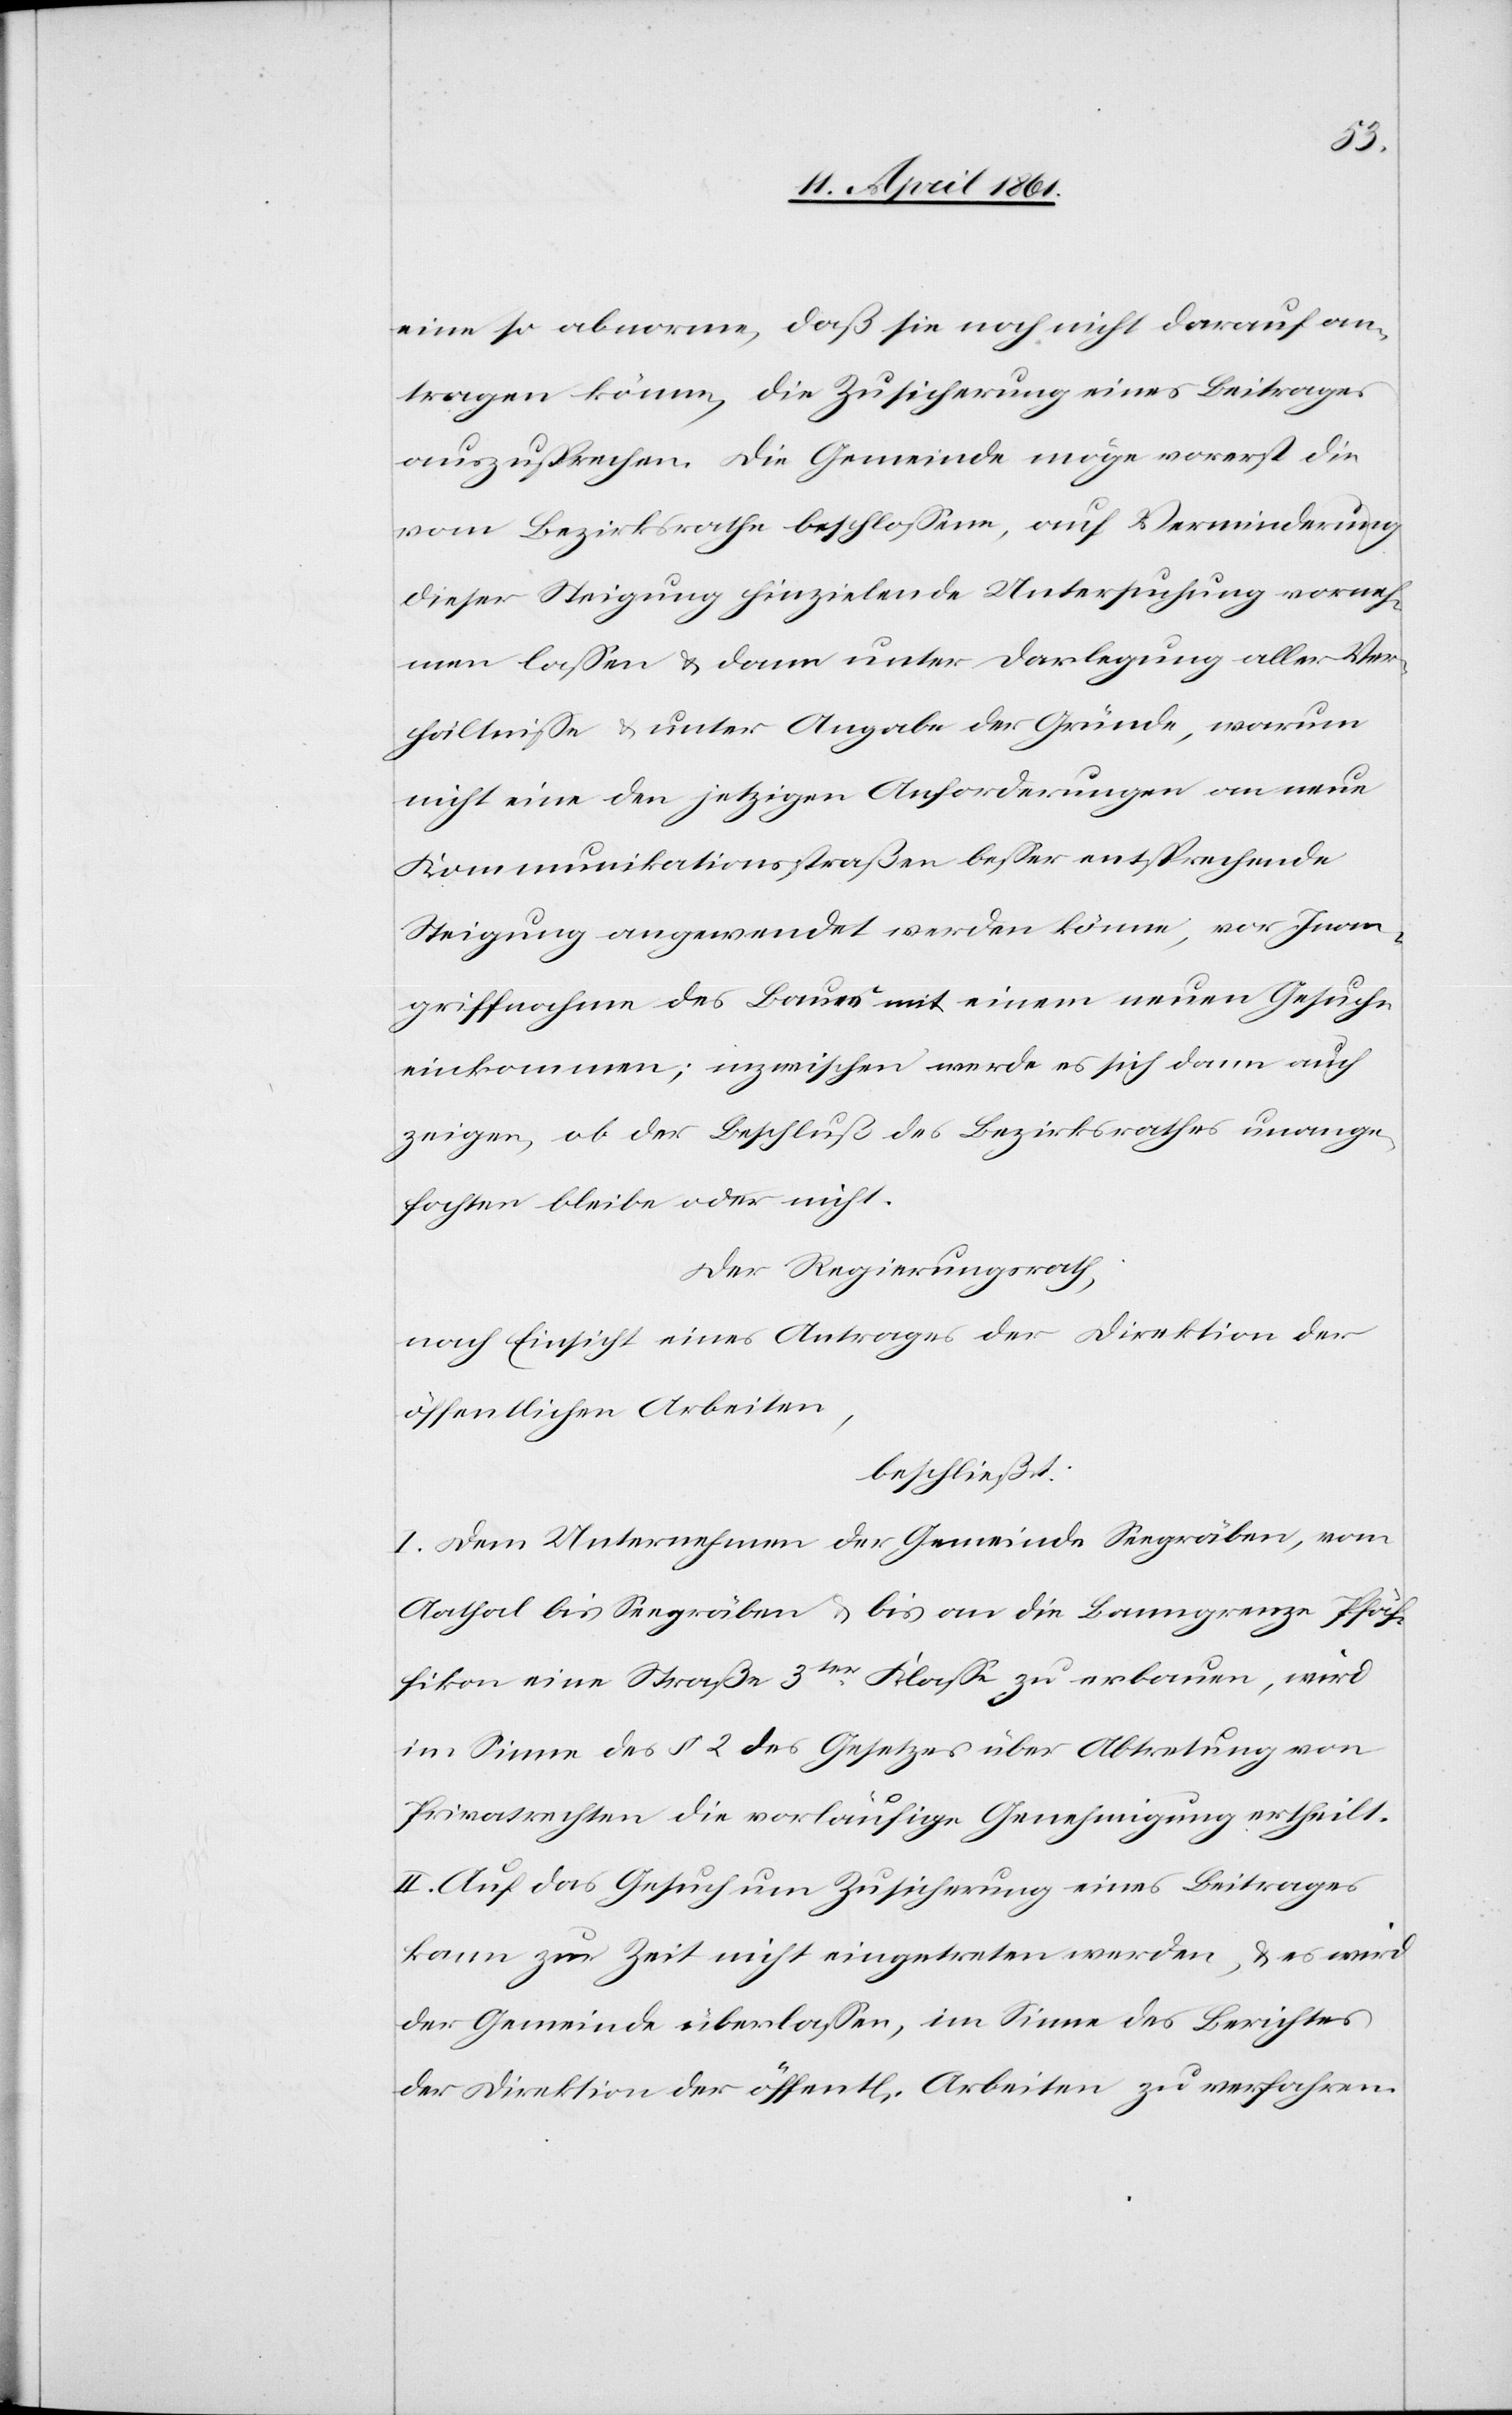
eine so abnorme, daß sie noch nicht darauf an¬
tragen könne, die Zusicherung eines Beitrages
auszusprechen. Die Gemeinde möge vorerst die
vom Bezirksrathe beschlossene, auf Verminderung
dieser Steigung hinzielende Untersuchung vorneh¬
men lassen u. dann unter Darlegung aller Ver¬
hältnisse u. unter Angabe der Gründe, warum
nicht eine den jetzigen Anforderungen an neue
Kommunikationsstraßen besser entsprechende
Steigung angewendet werden könne, vor Inan¬
griffnahme des Baues mit einem neuen Gesuche
einkommen; inzwischen werde es sich dann auch
zeigen, ob der Beschluß des Bezirksrathes unange¬
fochten bleibe oder nicht.
Der Regierungsrath,
nach Einsicht eines Antrages der Direktion der
öffentlichen Arbeiten,
beschließt:
I: Dem Unternehmen der Gemeinde Seegräben, vom
Aathal bis Seegräben u. bis an die Banngrenze Pfäf¬
fikon eine Straße 3ter Klasse zu erbauen, wird
im Sinne des § 2 des Gesetzes über Abtretung von
Privatrechten die vorläufige Genehmigung ertheilt.
II. Auf das Gesuch um Zusicherung eines Beitrages
kann zur Zeit nicht eingetreten werden, u. es wird
der Gemeinde überlassen, im Sinne des Berichtes
der Direktion der öffentl. Arbeiten zu verfahren.